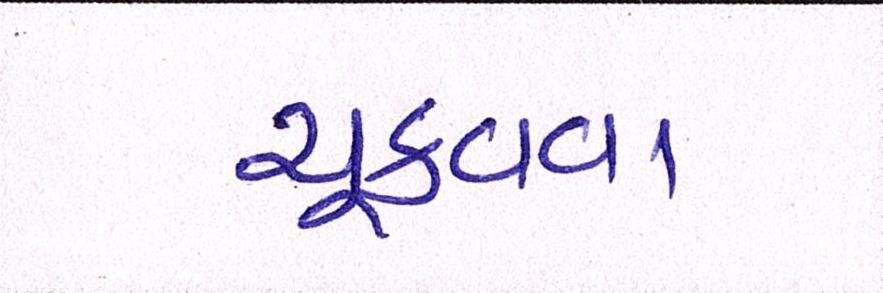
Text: ચૂકવવા